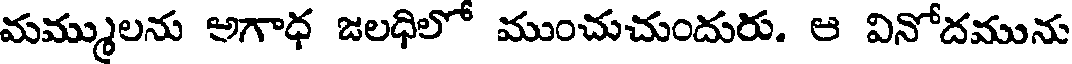
మమ్ములను అగాధ జలధిలో ముంచుచుందురు. ఆ వినోదమును